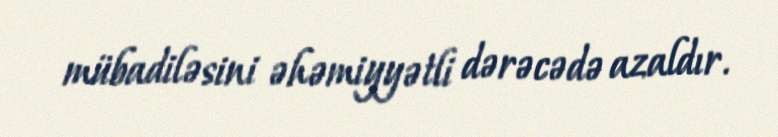
mübadiləsini əhəmiyyətli dərəcədə azaldır.